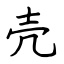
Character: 壳